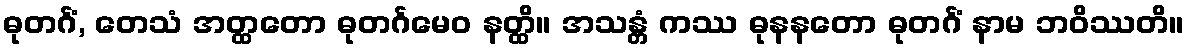
ဓုတင်္ဂံ, တေသံ အတ္ထတော ဓုတင်္ဂမေဝ နတ္ထိ။ အသန္တံ ကဿ ဓုနနတော ဓုတင်္ဂံ နာမ ဘဝိဿတိ။